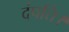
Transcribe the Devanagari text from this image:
दंपत्ति।